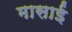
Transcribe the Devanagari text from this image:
मासाई